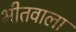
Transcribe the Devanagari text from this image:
भीतवाला